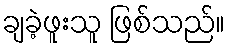
ချခဲ့ဖူးသူ ဖြစ်သည်။